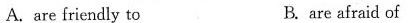
A. are friendly to B. are afraid of